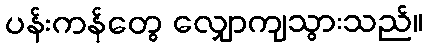
ပန်းကန်တွေ လျှောကျသွားသည်။